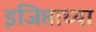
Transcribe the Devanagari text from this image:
इजिप्ताच्या